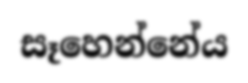
සෑහෙන්නේය